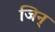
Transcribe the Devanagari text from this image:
जिन्